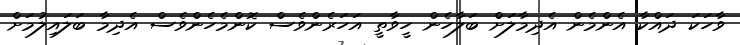
ވާހަކަ ދައްކާ އެންމެން އެދިމާލަށް ބަލާހެން ހީވާތީ އަހަރެންވެސް ކޮންމެހެންވެސް އެދިމާ ބަލައިލުމަށް